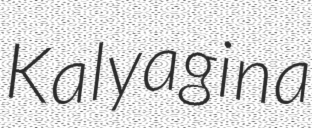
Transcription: Kalyagina